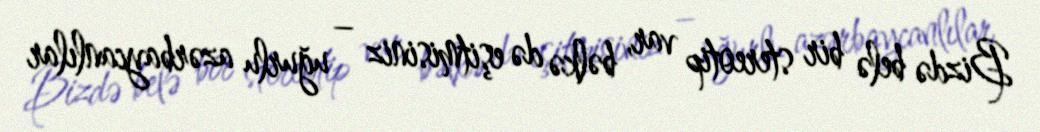
Bizdə belə bir stereotip var, bəlkə də eşitmisiniz – uğurlu azərbaycanlılar